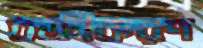
বক্রীকরণ